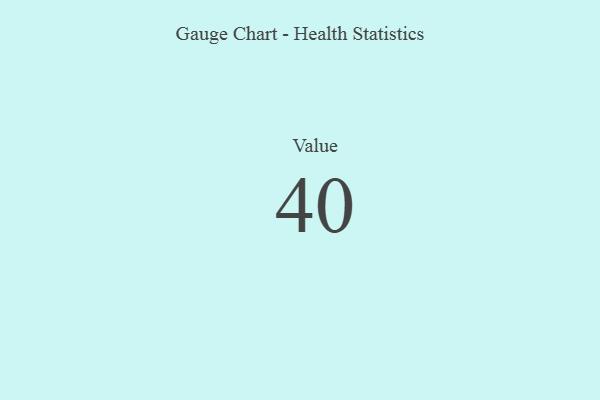
{"axis": {"x": "Metric", "y": "Value"}, "legend": [""], "data": [{"x": "Value", "y": 40, "type": ""}]}